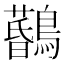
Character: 𪆨